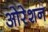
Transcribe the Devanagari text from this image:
ओरेशन